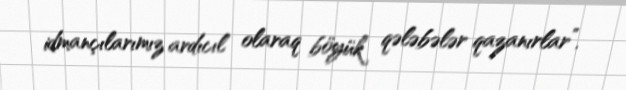
idmançılarımız ardıcıl olaraq böyük qələbələr qazanırlar”.